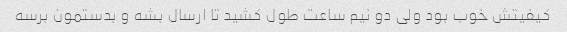
کیفیتش خوب بود ولی دو نیم ساعت طول کشید تا ارسال بشه و بدستمون برسه